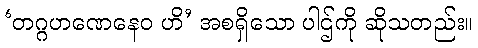
‘တဂ္ဂဟဏေနေဝ ဟိ’ အစရှိသော ပါဌ်ကို ဆိုသတည်း။